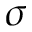
\sigma